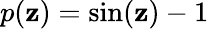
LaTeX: p(\mathbf{z})=\sin(\mathbf{z})-1